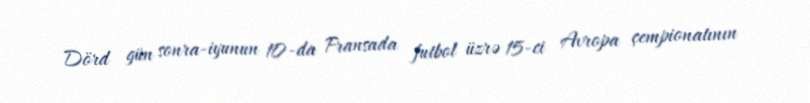
Dörd gün sonra-iyunun 10-da Fransada futbol üzrə 15-ci Avropa çempionatının